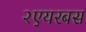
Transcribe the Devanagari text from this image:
२एयरबस